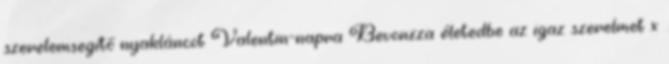
szerelemsegítő nyakláncot Valentin-napra Bevonzza életedbe az igaz szerelmet x